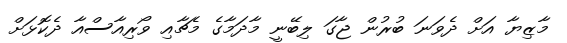
މާޒިޔާ އަށް ދެވަނަ ބުރުން ޖާގަ ލިބޭނީ މާދަމާގެ މެޗާއި ވޯރިއާސްއާ ދެކޮޅަށް